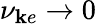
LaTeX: \nu_{\mathbf{k}e}\rightarrow0